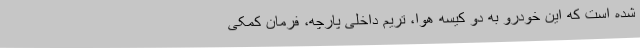
شده است که این خودرو به دو کیسه هوا، تریم داخلی پارچه، فرمان کمکی